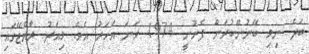
ބަދެ ނިމި ބޭނުންކުރަން ފެށުނީ 1974 ވަނަ އަހަރު އެވެ. މިއަދު ރާއްޖޭގައި